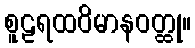
စူဠရထဝိမာနဝတ္ထု။